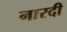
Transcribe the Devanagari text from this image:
नारदी